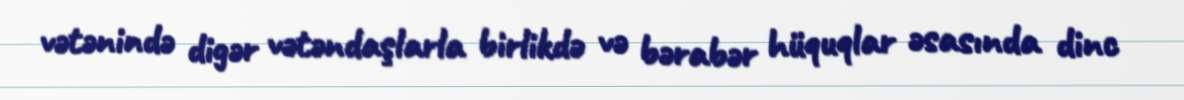
vətənində digər vətəndaşlarla birlikdə və bərabər hüquqlar əsasında dinc